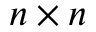
n \times n